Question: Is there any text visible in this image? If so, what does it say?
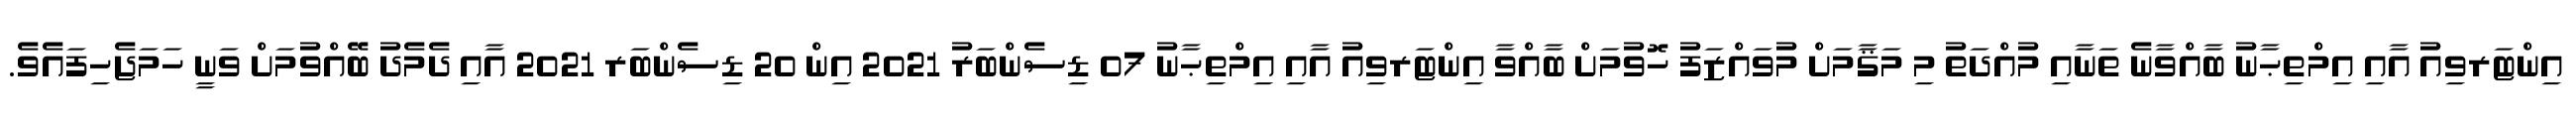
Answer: އިންޓަރވިއު އާއި އިމްތިޙާނު ބާއްވާނެ ތަނާއި މުއްދަތު މި މަޤާމަށް މުވައްޒަފު ހޮވުމަށް ބާއްވާ އިންޓަރވިއު އާއި އިމްތިޙާނު 07 ޑިސެންބަރު 2021 އިން 20 ޑިސެންބަރ 2021 އާއި ދެމެދު ބޭއްވުމަށް ވަނީ ހަމަޖެހިފައެވެ.